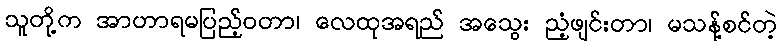
သူတို့က အာဟာရမပြည့်ဝတာ၊ လေထုအရည် အသွေး ညံ့ဖျင်းတာ၊ မသန့်စင်တဲ့